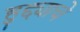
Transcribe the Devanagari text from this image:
हुद्द्याचे